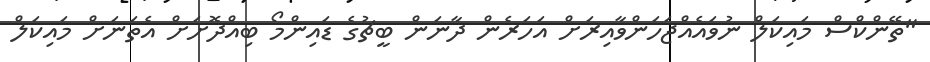
"ތޭންކްސް މައިކަލް ނުވައެއްޖަހަންވާއިރަށް އަހަރެން ދާނަން ބީޗުގެ ޑައިންމޯ ބިއްދޮށަށް އެތަނަށް މައިކަލް